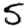
Digit: 5